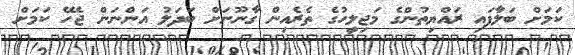
ކަމަށް ބަލާފައި ރައްޔިތުންގެ މަޖިލީހުގެ ތެރެއިން ގާނޫނަށް ބަދަލު އަންނަން ޖެހޭ ކަމަށް